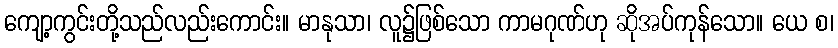
ကျော့ကွင်းတို့သည်လည်းကောင်း။ မာနုသာ၊ လူ၌ဖြစ်သော ကာမဂုဏ်ဟု ဆိုအပ်ကုန်သော။ ယေ စ၊